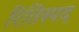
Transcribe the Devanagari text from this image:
रितिस्पद